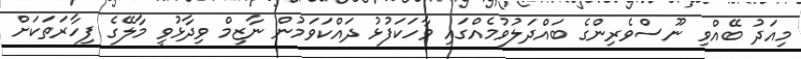
މިއަދު ބޭއްވި ނޫސްވެރިންގެ ބައްދަލުވުމެއްގައި ވާހަކަފުޅު ދައްކަވަމުން ނާޒިމް ވިދާޅުވީ މާލޭގެ ފިހާރަތަކަށް